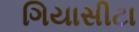
ગિયાસીટા